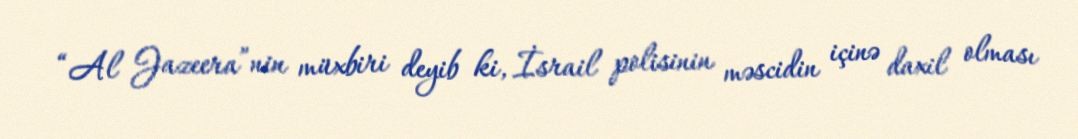
“Al Jazeera”nin müxbiri deyib ki, İsrail polisinin məscidin içinə daxil olması